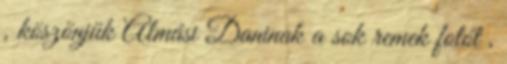
, köszönjük Almási Daninak a sok remek fotót ,